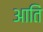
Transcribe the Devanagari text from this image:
आतिं